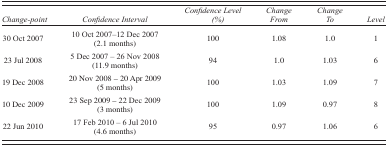
<table><thead><tr><td><b><i>Change‐point</i></b></td><td><b><i>Confidence Interval</i></b></td><td><b><i>Confidence Level (%)</i></b></td><td><b><i>Change From</i></b></td><td><b><i>Change To</i></b></td><td><b><i>Level</i></b></td></tr></thead><tbody><tr><td>30 Oct 2007</td><td>10 Oct 2007 – 12 Dec 2007 (2.1 months)</td><td>100</td><td>1.08</td><td>1.0</td><td>1</td></tr><tr><td>23 Jul 2008</td><td>5 Dec 2007 – 26 Nov 2008 (11.9 months)</td><td>94</td><td>1.0</td><td>1.03</td><td>6</td></tr><tr><td>19 Dec 2008</td><td>20 Nov 2008 – 20 Apr 2009 (5 months)</td><td>100</td><td>1.03</td><td>1.09</td><td>7</td></tr><tr><td>10 Dec 2009</td><td>23 Sep 2009 – 22 Dec 2009 (3 months)</td><td>100</td><td>1.09</td><td>0.97</td><td>8</td></tr><tr><td>22 Jun 2010</td><td>17 Feb 2010 – 6 Jul 2010 (4.6 months)</td><td>95</td><td>0.97</td><td>1.06</td><td>6</td></tr></tbody></table>